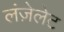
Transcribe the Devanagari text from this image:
लंज़ेलेट